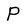
Character: P